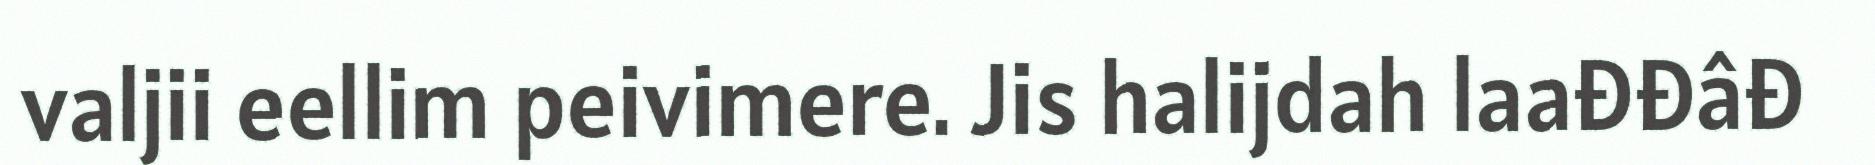
valjii eellim peivimere. Jis halijdah laađđâđ